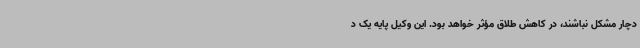
دچار مشکل نباشند، در کاهش طلاق مؤثر خواهد بود. این وکیل پایه یک د